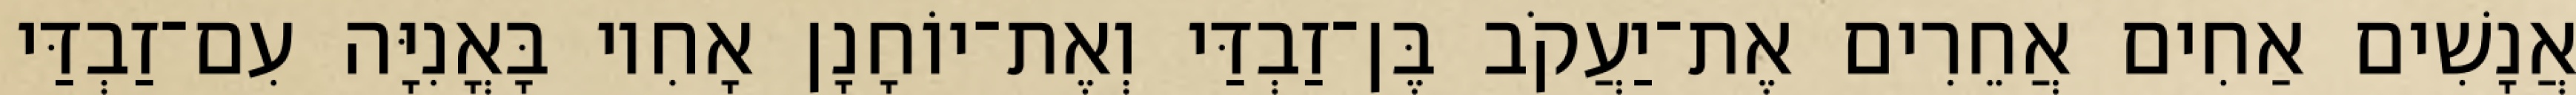
אֲנָשִׁים אַחִים אֲחֵרִים אֶת־יַעֲקֹב בֶּן־זַבְדַּי וְאֶת־יוֹחָנָן אָחִיו בָּאֳנִיָּה עִם־זַבְדַּי